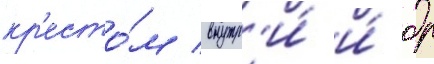
кр'есто́м внутр'и́ и́ др